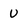
Character: U